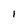
Character: 1